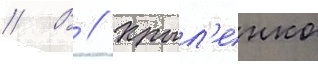
// В // Крыл'енко